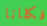
فكلانا